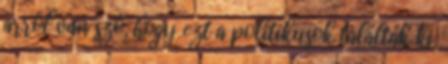
arról van szó, hogy ezt a politikusok találták ki.